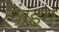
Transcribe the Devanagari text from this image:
लंग्हम